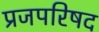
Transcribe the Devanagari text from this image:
प्रजपरिषद